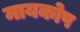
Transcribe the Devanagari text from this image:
मायकोप